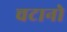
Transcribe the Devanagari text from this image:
चटानो